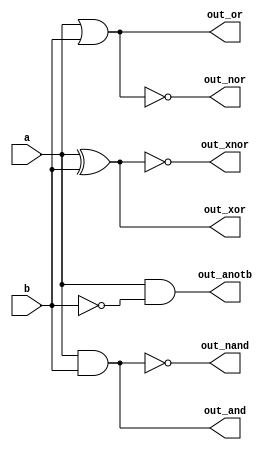
module more(

    input a, b,
    output out_and,
    output out_or,
    output out_xor,
    output out_nand,
    output out_nor,
    output out_xnor,
    output out_anotb


);

    assign out_and   = a & b;
    assign out_or    = a | b;
    assign out_xor   = a ^ b;
    assign out_nand  = !(a & b);
    assign out_nor   = !(a | b);
    assign out_xnor  = !(a ^ b);
    assign out_anotb = a & (!b);

endmodule